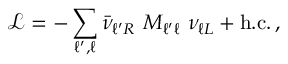
\mathcal { L } = - \sum _ { \ell ^ { \prime } , \ell } \bar { \nu } _ { \ell ^ { \prime } R } \ M _ { \ell ^ { \prime } \ell } \ \nu _ { \ell L } + \mathrm { h . c . } \, ,